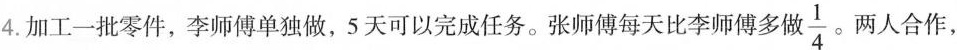
4.加工一批零件，李师傅单独做，5天可以完成任务。张师傅每天比李师傅多们 \frac{1}{4} 。两人合作，